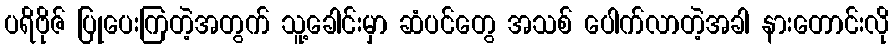
ပရိဗိုဇ် ပြုပေးကြတဲ့အတွက် သူ့ခေါင်းမှာ ဆံပင်တွေ အသစ် ပေါက်လာတဲ့အခါ နားတောင်းလို